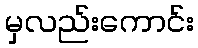
မှလည်းကောင်း